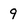
Character: 9